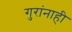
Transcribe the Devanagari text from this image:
गुरांनाही